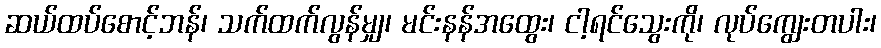
ဆယ်ထပ်စောင့်ဘန်၊ သက်ထက်လွန်မျှ၊ မင်းနန်အထွေး၊ ငါ့ရင်သွေးကို၊ လုပ်ကျွေးတပါး၊